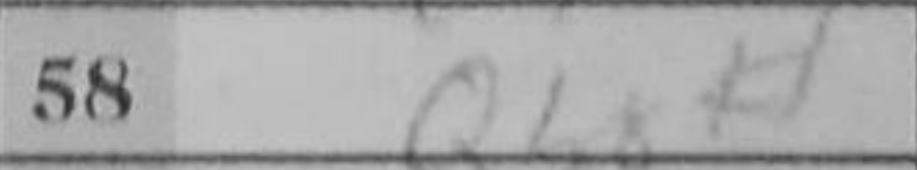
Transcription: Qb8#